Medical and sanitary report of the native army of Madras for the year
Year: 1872
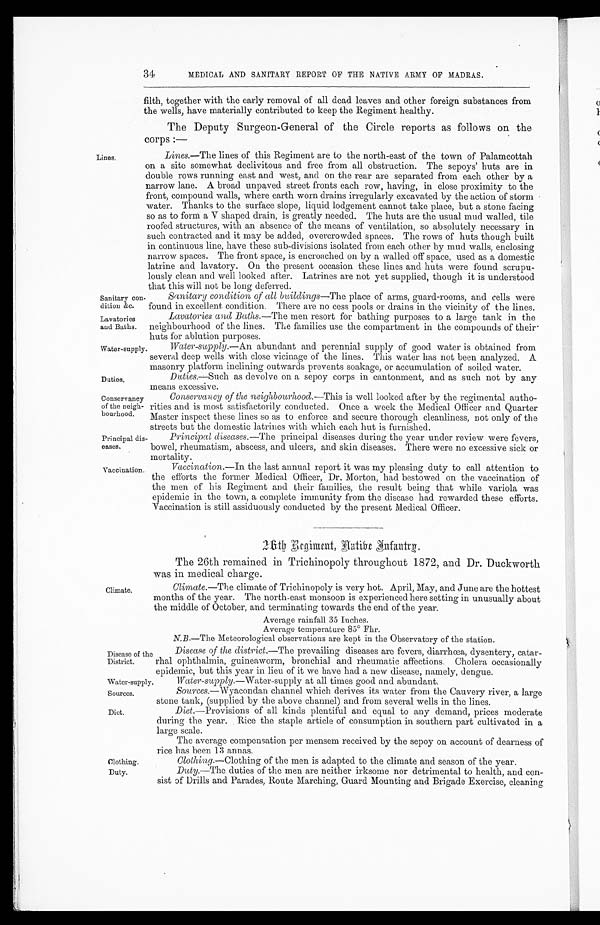
Sanitary con
-dition &c.
Lavatories
and Baths.
Water-supply.
Sources.
Diet.
Clothing.
Duty.
34
Lines.
MEDICAL AND SANITARY REPORT OF THE NATIVE ARMY OF MADRAS.
filth, together with the early removal of all dead leaves and other foreign substances from
the wells, have materially contributed to keep the Regiment healthy.
The Deputy Surgeon-General of the Circle reports as follows on the
corps :—
Lines.—The lines of this Regiment are to the north-east of the town of Palamcottah
on a site somewhat declivitous and free from all obstruction. The sepoys' huts are in
double rows running east and west, and on the rear are separated from each other by a
narrow lane. A broad unpaved street fronts each row, having, in close proximity to the
front, compound walls, where earth worn drains irregularly excavated by the action of storm
water. Thanks to the surface slope, liquid lodgement cannot take place, but a stone facing
so as to form a V shaped drain, is greatly needed. The huts are the usual mud walled, tile
roofed structures, with an absence of the means of ventilation, so absolutely necessary in
such contracted and it may be added, overcrowded spaces. The rows of huts though built
in continuous line, have these sub-divisions isolated from each other by mud walls, enclosing
narrow spaces. The front space, is encroached on by a walled off space, used as a domestic
latrine and lavatory. On the present occasion these lines and huts were found scrupu--
lously clean and well looked after. Latrines are not yet supplied, though it is understood
that this will not be long deferred.
Sanitary condition of all buildings— The place of arms, guard-rooms, and cells were
Found in excellent condition. There are no cess pools or drains in the vicinity of the lines.
Lavatories and Baths .—The men resort for bathing purposes to a large tank in the
neighbourhood of the lines. The families use the compartment in the compounds of their
huts for ablution purposes.
Water-supply .—An abundant and perennial supply of good water is obtained from
several deep wells with close vicinage of the lines. This water has not been analyzed. A
masonry platform inclining outwards prevents soakage, or accumulation of soiled water.
Duties.
Conservancy
of the neigh
- b o u r h o o d .
Principal dis
-eases.
Vaccination.
Duties .—Such as devolve on a sepoy corps in cantonment, and as such not by any
means excessive.
Conservancy of the neighbourhood .—This is well looked after by the regimental autho--
rities and is most satisfactorily conducted. Once a week the Medical Officer and Quarter
Master inspect these lines so as to enforce and secure thorough cleanliness, not only of the
streets but the domestic latrines with which each hut is furnished.
Principal diseases .—The principal diseases during the year under review were fevers,
bowel, rheumatism, abscess, and ulcers, and skin diseases. There were no excessive sick or
mortality.
Vaccination.—In the last annual report it was my pleasing duty to call attention to
the efforts the former Medical Officer, Dr. Morton, had bestowed on the vaccination of
the men of his Regiment and their families, the result being that while variola was
epidemic in the town, a complete immunity from the disease had rewarded these efforts.
Vaccination is still assiduously conducted by the present Medical Officer.
2 6 t h R e g i m e n t , N a t i v e I n f a n t r y .
Climate.
The 26th remained in Trichinopoly throughout 1872, and Dr. Duckworth
was in medical charge.
Climate .—The climate of Trichinopoly is very hot. April, May, and June are the hottest
months of the year. The north-east monsoon is experienced here setting in unusually about
the middle of October, and terminating towards the end of the year.
Average rainfall 35 Inches.
Average temperature 85° Fhr.
N.B .—The Meteorological observations are kept in the Observatory of the station.
Disease of the
District.
Disease of the district .—The prevailing diseases are fevers, diarrhœa, dysentery, catar-
rhal ophthalmia, guineaworm, bronchial and rheumatic affections. Cholera occasionally
epidemic, but this year in lieu of it we have had a new disease, namely, dengue.
Water-supply.
Water-supply .—Water-supply at all. times good and abundant.
Sources.—Wyacondan channel which derives its water from the Cauvery river, a large
stone tank, (supplied by the above channel) and from several wells in the lines.
Diet .—Provisions of all kinds plentiful and equal to any demand, prices moderate
during the year. Rice the staple article of consumption in southern part cultivated in a
large scale.
The average compensation per mensem received by the sepoy on account of dearness of
rice has been 12 annas.
Clothing .—Clothing of the men is adapted to the climate and season of the year.
Duty.—The duties of the men are neither irksome nor detrimental to health, and con-
sist of Drills and Parades, Route Marching, Guard Mounting and Brigade Exercise, cleaning